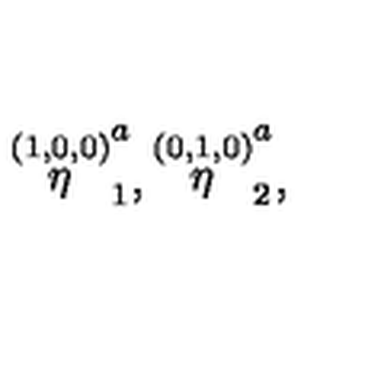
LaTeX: \stackrel { ( 1 , 0 , 0 ) } { \eta } _ { 1 } ^ { a } , \stackrel { ( 0 , 1 , 0 ) } { \eta } _ { 2 } ^ { a } ,